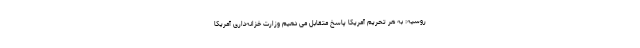
روسیه: به هر تحریم آمریکا پاسخ متقابل می دهیم وزارت خزانه‌داری آمریکا